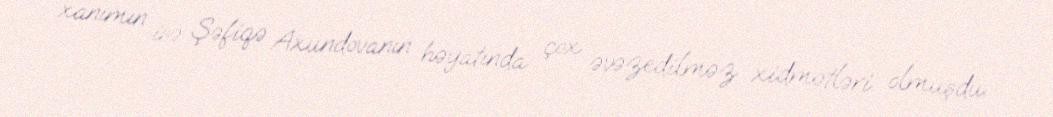
xanımın isə Şəfiqə Axundovanın həyatında çox əvəzedilməz xidmətləri olmuşdu.